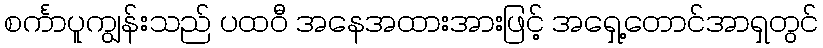
စင်္ကာပူကျွန်းသည် ပထဝီ အနေအထားအားဖြင့် အရှေ့တောင်အာရှတွင်